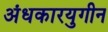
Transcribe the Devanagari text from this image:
अंधकारयुगीन